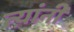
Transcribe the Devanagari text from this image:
त्य़ांनी